Report of an investigation in regard to the prevalence of stegomyia and other mosquitoes in Karachi, and the measures necessary for their control
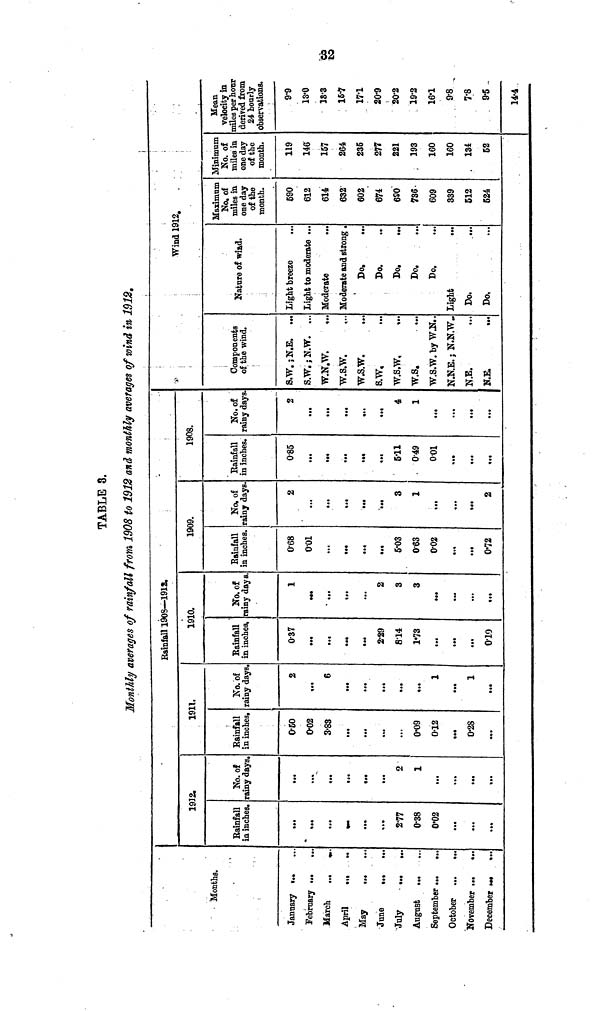
TABLE 3.
Monthly averages of rainfall from 1908 to 1912 and monthly averages of wind in 1912.
Months.
January
February ...
...
March
April
May
June
July
...
...
August
September...
...
October
November ...
..
December
...
1912.
Rainfall
in inches.
...
••«
...
• <«
...
277
0·38
0·02
...
...
No.of
rainy days.
...
...
2
1
...
...
...
«••
1911.
Rainfall
in inches,
0·60
0·02
3·83
...
...
...
0·09
012
•••
0·28
No.of
rainy days
2
M.
6
•••
...
•••
...
«..
1
...
1
...
Rainfall 903—1912.
1910.
1909
Rainfall
in inches.
037
...
••«
...
...
2·29
814
1·73
...
...
010
No. of
Rainfall
rainy days. in inches.
1
068
001
...
•••
«••
...
...
...
2
3
5·03
3
063
...
0·02
...
...
0·72
No.of
rainy days.
2
«••
...
...
...
3
1
...
...
2
1908.
Rainfall
in inches.
0·85
...
...
...
..*
5·11
. 049
001
...
«.«
No.of
rainy days.
2
...
...
...
..<
4
1
...
...
...
Components
of the wind.
S.W. ;N.E. ..
S.W. ; N.W.
W.N.W.
W.S.W.
W.S.W.
s.w.
W.S.W.
w.s.
W.S.W. by W.N..
N.N.E. ; N.N.W..
N.E.
N.E.
Wind 1912.
Nature of wind.
Light breeze
...
Light to moderate ...
Moderate
...
Moderate and strong.
Do.
...
Do.
Do.
Do.
Do.
Light
...
Do.
Do,
Maximum
No. of
miles in
one day
of the
month.
590
612
614
632
602
674
690
736
609
339
512
524
Minimum
No. of
miles in
one day
of the
month.
119
146
157
264
235
277
221
193
160
160
134
52
Mean
velocity in
miles per hour
derived from
24 hourly
observations.
9·9
13·0
13·3
15·7
17·1
20·9
202
192
16·1
9·8
7·8
9·5
14·4